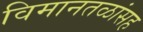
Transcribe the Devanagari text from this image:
विमानतळांसह